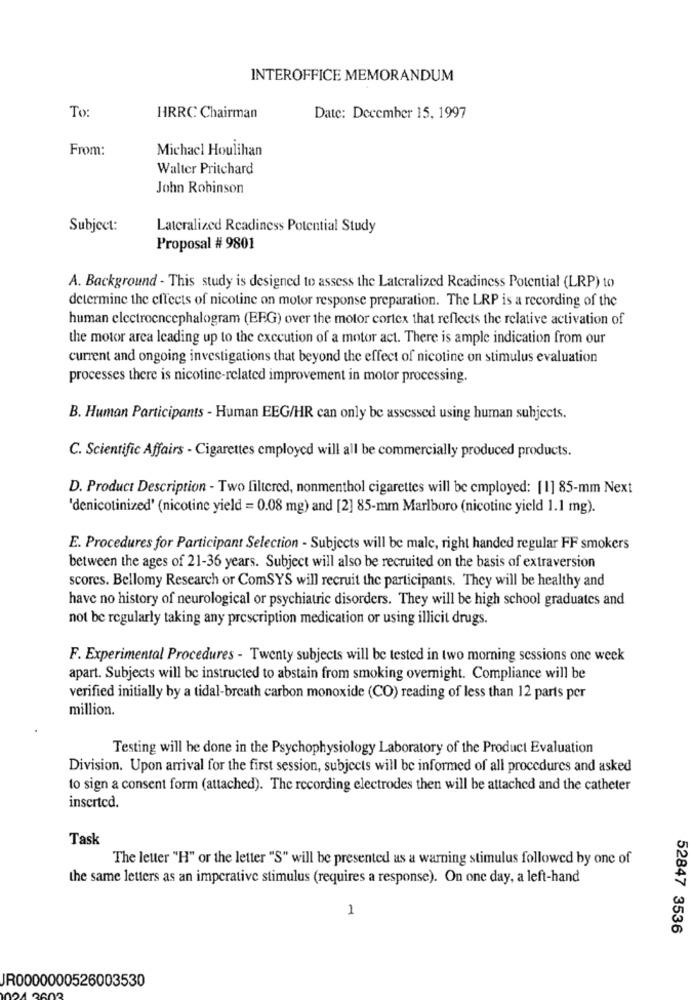
INTEROFFICE MEMORANDUM
To:
HRRC Chairman
Date: December 15, 1997
From:
Michacl Houlihan
Walter Pritchard
John Robinson
Subject:
Lateralized Readiness Potential Study
Proposal # 9801
A. Background - This study is designed to assess the Lateralized Readiness Potential (LRP) to
determine the effects of nicotine on motor response preparation. The LRP is a recording of the
human electroencephalogram (EFG) over the motor cortex that reflects the relative activation of
the motor area leading up to the execution of a motor act. There is ample indication from our
current and ongoing investigations that beyond the effect of nicotine on stimulus evaluation
processes there is nicotine-related improvement in motor processing.
B. Human Participants - Human EEG/HR can only be assessed using human subjects.
C. Scientific Affairs - Cigarettes employed will all be commercially produced products.
D. Product Description - Two filtered, nonmenthol cigarettes will be employed: [1] 85-mm Next
'denicotinized' (nicotine yield = 0.08 mg) and [2] 85-mm Marlboro (nicotine yield 1.1 mg).
E. Procedures for Participant Selection - Subjects will be male, right handed regular FF smokers
between the ages of 21-36 years. Subject will also be recruited on the basis of extraversion
scores. Bellomy Research or ComSYS will recruit the participants. They will be healthy and
have no history of neurological or psychiatric disorders. They will be high school graduates and
not be regularly taking any prescription medication or using illicit drugs.
F. Experimental Procedures - Twenty subjects will be tested in two morning sessions one week
apart. Subjects will be instructed to abstain from smoking overnight. Compliance will be
verified initially by a tidal-breath carbon monoxide (CO) reading of less than 12 parts per
million.
Testing will be done in the Psychophysiology Laboratory of the Product Evaluation
Division. Upon arrival for the first session, subjects will be informed of all procedures and asked
to sign a consent form (attached). The recording electrodes then will be attached and the catheter
inserted.
Task
The letter "H" or the letter "S" will be presented as a warning stimulus followed by one of
the same letters as an imperative stimulus (requires a response). On one day, a left-hand
1
52847 3536
JR0000000526003530